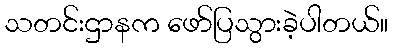
သတင်းဌာနက ဖော်ပြသွားခဲ့ပါတယ်။